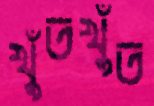
খুঁতখুঁত